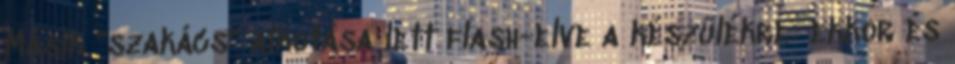
Másik "szakács" alkotása lett flash-elve a készülékre: ekkor és